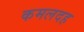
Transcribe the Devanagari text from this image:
कमलदह